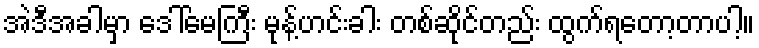
အဲဒီအခါမှာ ဒေါ်မေကြီး မုန့်ဟင်းခါး တစ်ဆိုင်တည်း ထွက်ရတော့တာပါ့။